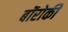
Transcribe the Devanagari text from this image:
बॉरोकी